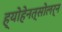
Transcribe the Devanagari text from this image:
ह्योहेनत्सोलर्न